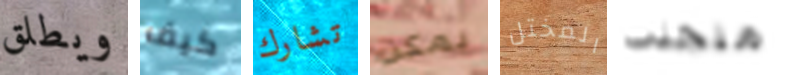
ويطلق كيف تشارك يمكن المختل منجذب